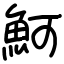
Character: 魺